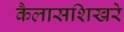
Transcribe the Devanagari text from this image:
कैलासशिखरे